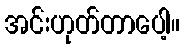
အင်းဟုတ်တာပေါ့။